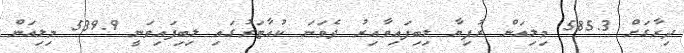
ދިރާގަަށް 585.3 މިލިއަން ރުފިޔާ ލިބިފައިވާއިރު ދެވަނަ ކުއާޓަރުގައި ލިބިފައިވަނީ 539.9 މިލިއަން